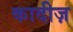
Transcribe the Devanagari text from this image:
कादीज़